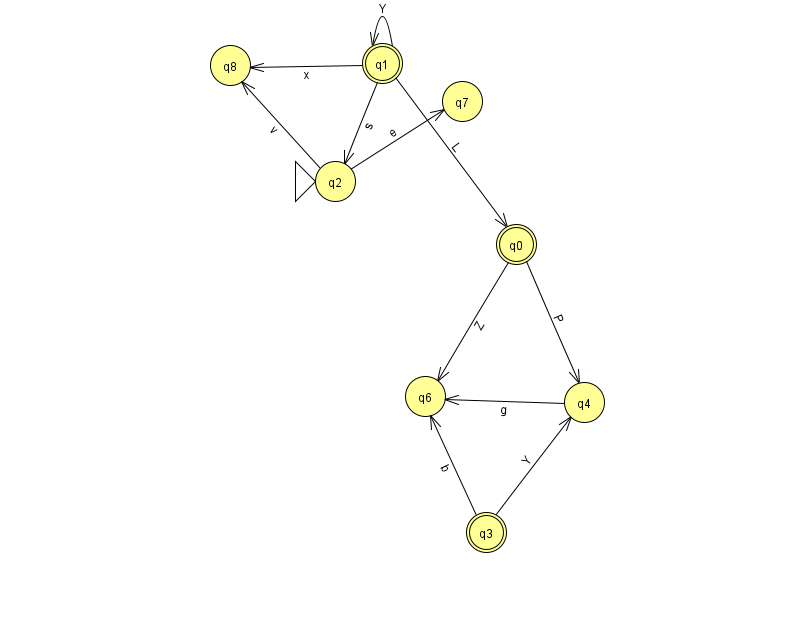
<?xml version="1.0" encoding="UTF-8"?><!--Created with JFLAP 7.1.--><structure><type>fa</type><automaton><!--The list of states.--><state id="0" name="q0"><x>516.0</x><y>231.0</y><final/></state><state id="1" name="q1"><x>382.0</x><y>50.0</y><final/></state><state id="2" name="q2"><x>335.0</x><y>168.0</y><initial/></state><state id="3" name="q3"><x>486.0</x><y>519.0</y><final/></state><state id="4" name="q4"><x>584.0</x><y>389.0</y></state><state id="6" name="q6"><x>425.0</x><y>383.0</y></state><state id="7" name="q7"><x>462.0</x><y>88.0</y></state><state id="8" name="q8"><x>230.0</x><y>52.0</y></state><!--The list of transitions.--><transition><from>1</from><to>2</to><read>s</read></transition><transition><from>2</from><to>7</to><read>e</read></transition><transition><from>0</from><to>6</to><read>Z</read></transition><transition><from>3</from><to>6</to><read>b</read></transition><transition><from>2</from><to>8</to><read>v</read></transition><transition><from>3</from><to>4</to><read>Y</read></transition><transition><from>0</from><to>4</to><read>P</read></transition><transition><from>1</from><to>1</to><read>Y</read></transition><transition><from>1</from><to>8</to><read>x</read></transition><transition><from>4</from><to>6</to><read>g</read></transition><transition><from>1</from><to>0</to><read>L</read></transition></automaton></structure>